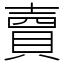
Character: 𧶠